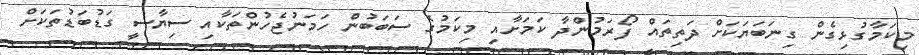
މިކަމާގުޅިގެން ގިނަބަޔަކަށް ދަތިތައް ފޯރަމުންދާ ކަމަށާއި މިކަމުގެ ސަބަބުން ހަމަނުޖެހުންތަކާއި ސިޔާސީ ގަޑުބަޑުތަކަށް